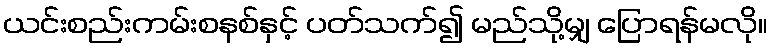
ယင်းစည်းကမ်းစနစ်နှင့် ပတ်သက်၍ မည်သို့မျှ ပြောရန်မလို။